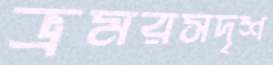
ভ্রমরসদৃশ